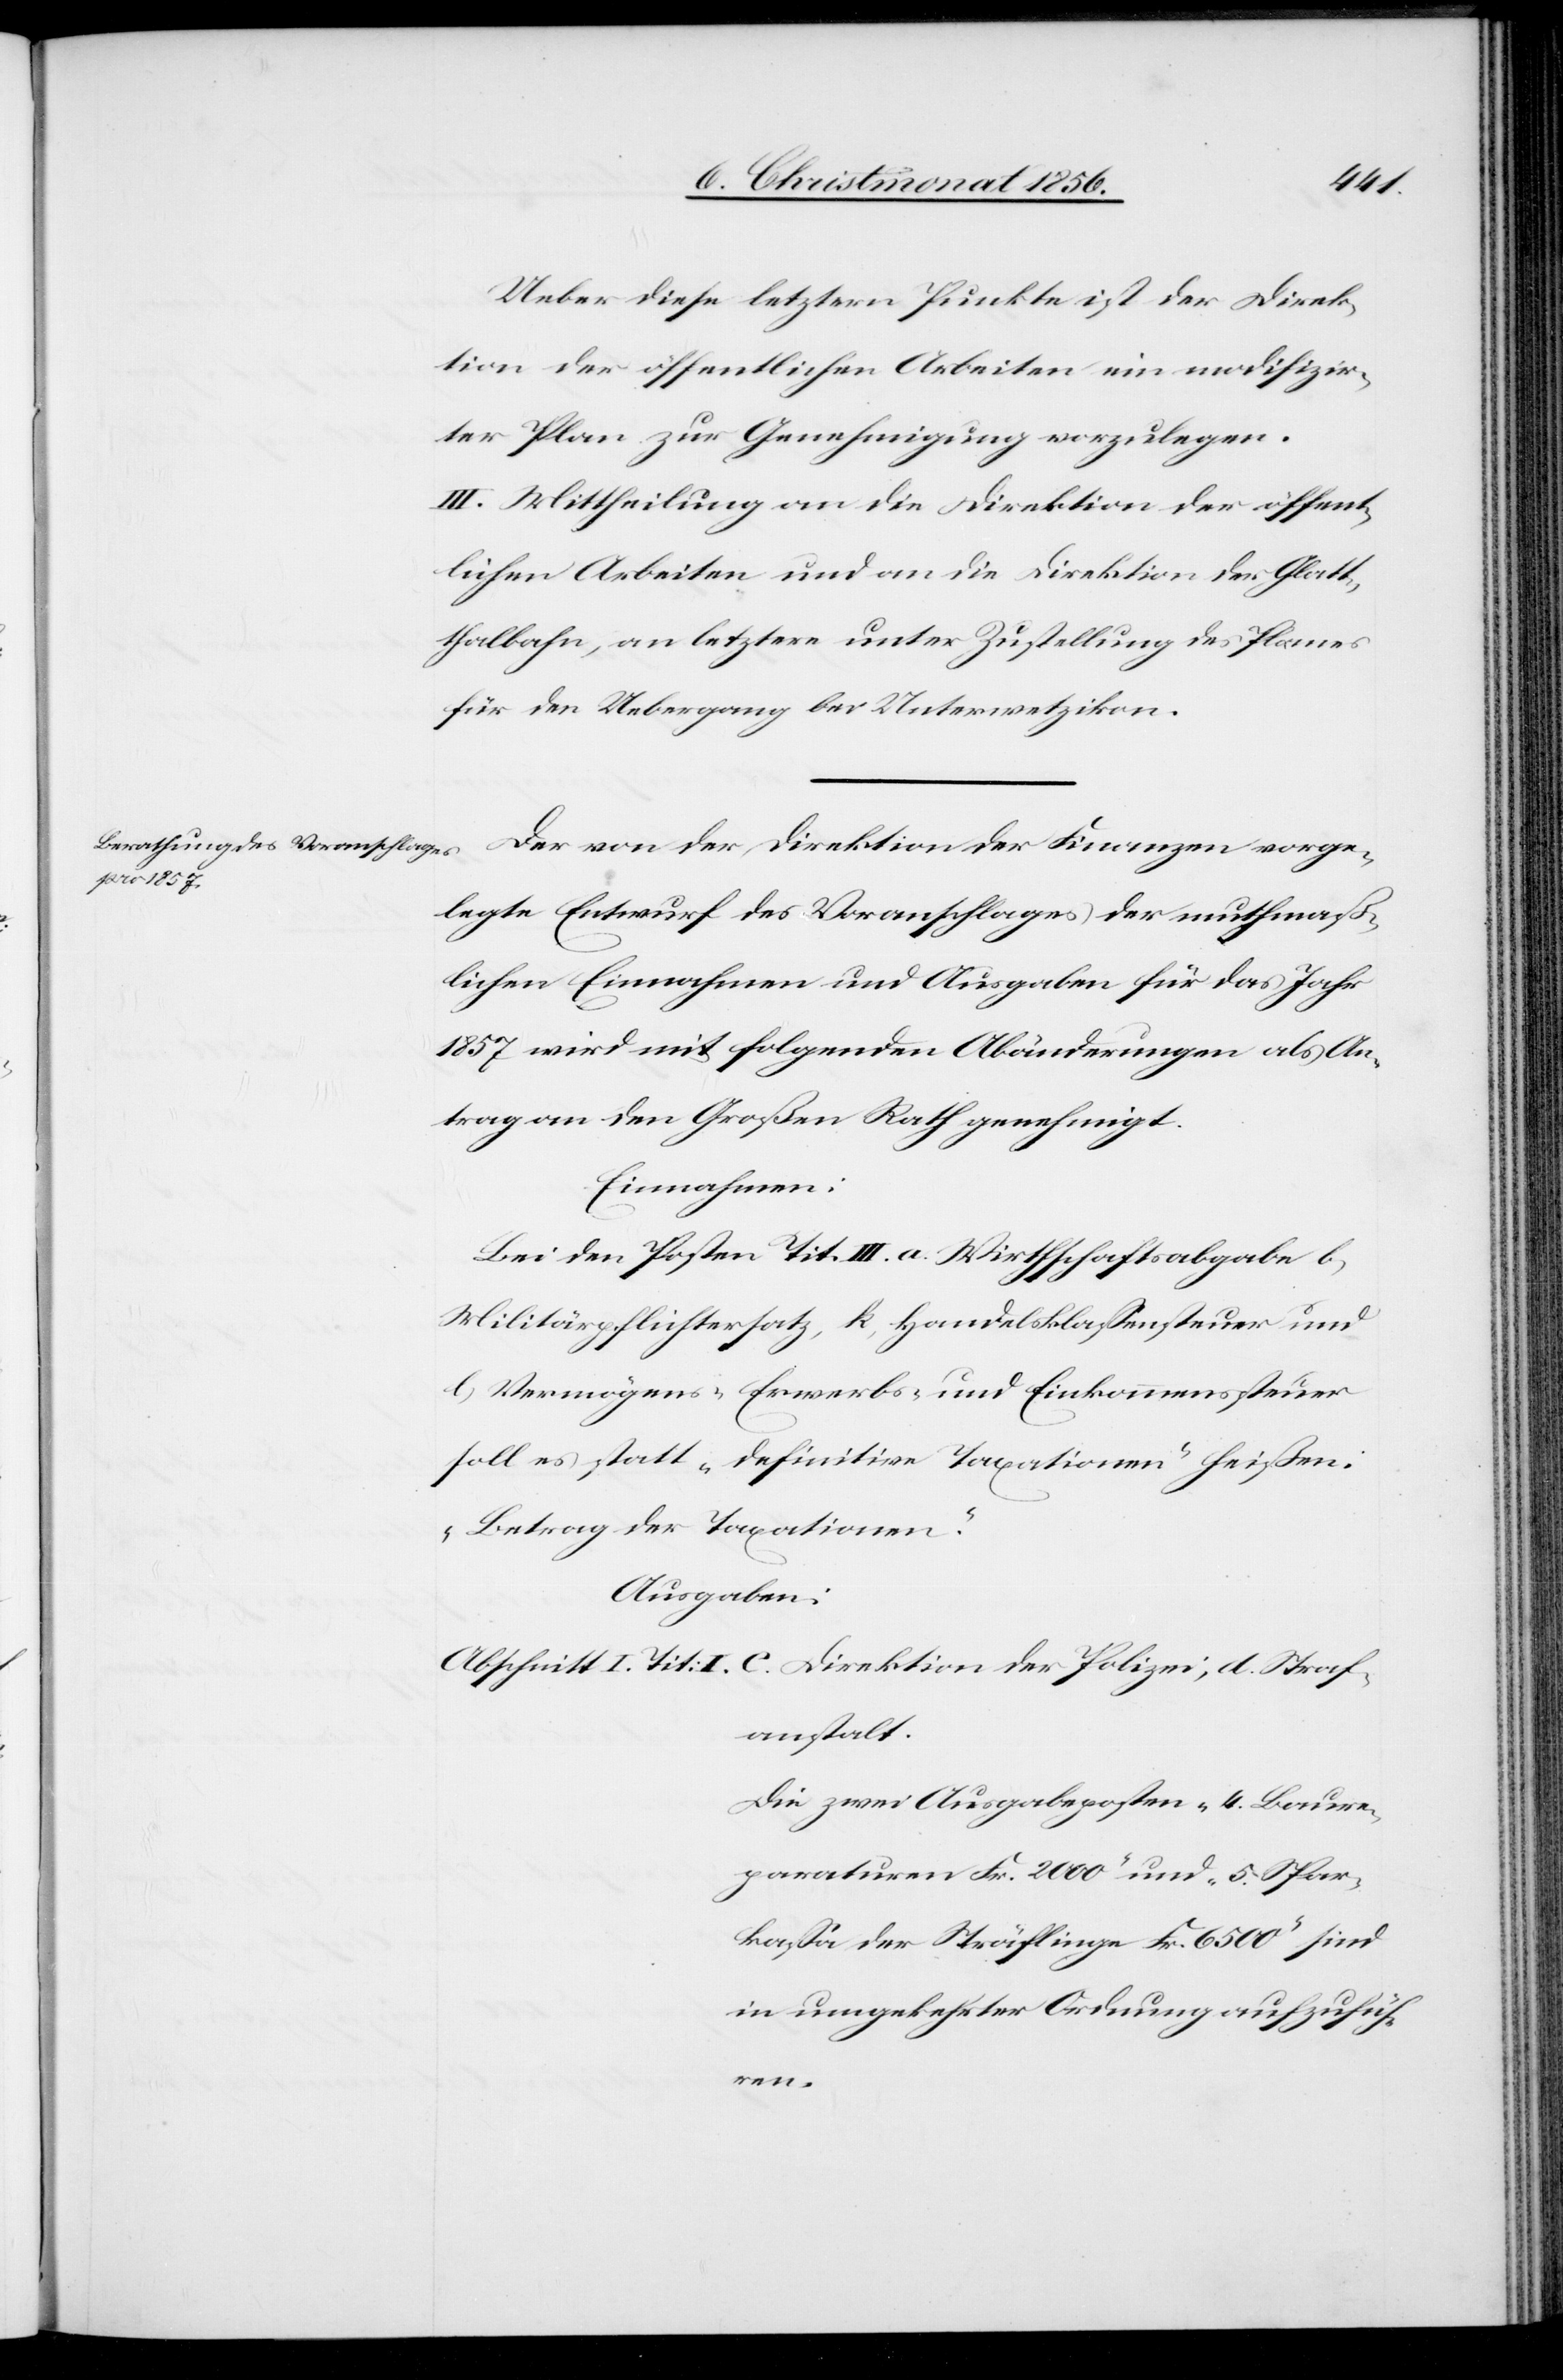
Ueber diese letztern Punkte ist der Direk¬
tion der öffentlichen Arbeiten ein modifizir¬
ter Plan zur Genehmigung vorzulegen.
III. Mittheilung an die Direktion der öffent¬
lichen Arbeiten und an die Direktion der Glatt¬
halbahn, an letztere unter Zustellung des Planes
für den Uebergang bei Unterwetzikon.
Der von der Direktion der Finanzen vorge¬
legte Entwurf des Voranschlages der muthmaß¬
lichen Einnahmen und Ausgaben für das Jahr
1857 wird mit folgenden Abänderungen als An¬
trag an den Großen Rath genehmigt.
Einnahmen:
Bei den Posten Tit. III. a) Wirthschaftsabgabe b)
Militärpflichtersatz, k) Handelsklassensteuer und
l) Vermögens-[,] Erwerbs- und Einkommenssteuer
soll es statt „definitive Taxationen“ heißen:
„Betrag der Taxationen“.
Ausgaben:
anstalt:
Die zwei Ausgabeposten „4. Baure¬
paraturen Fr. 2000“ und „5. Spar¬
kassa der Sträflinge Fr. 6500“ sind
in umgekehrter Ordnung aufzufüh¬
ren.